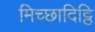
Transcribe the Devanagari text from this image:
मिच्छादिट्ठि